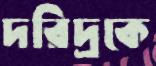
দরিদ্রকে